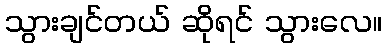
သွားချင်တယ် ဆိုရင် သွားလေ။